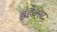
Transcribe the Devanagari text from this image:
इंडैक्स